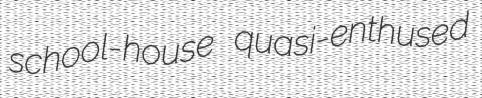
school-house quasi-enthused